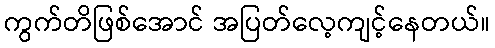
ကွက်တိဖြစ်အောင် အပြတ်လေ့ကျင့်နေတယ်။